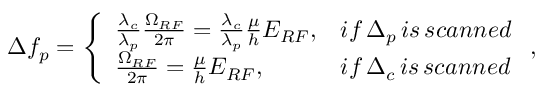
\Delta f _ { p } = \left\{ \begin{array} { l l } { \frac { \lambda _ { c } } { \lambda _ { p } } \frac { \Omega _ { R F } } { 2 \pi } = \frac { \lambda _ { c } } { \lambda _ { p } } \frac { \mu } { h } E _ { R F } , } & { i f \, \Delta _ { p } \, i s \, s c a n n e d } \\ { \frac { \Omega _ { R F } } { 2 \pi } = \frac { \mu } { h } E _ { R F } , } & { i f \, \Delta _ { c } \, i s \, s c a n n e d } \end{array} \right. ,